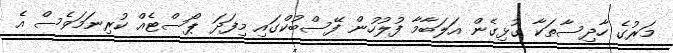
މަރުގެ ހާދިސާތަކާ ގުޅިގެން އަލަބާމާ ފުލުހުން ފޭސްބުކްގައި މިފަދަ ޕޯސްޓެއް ކުރިނަމަވެސް އެ